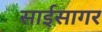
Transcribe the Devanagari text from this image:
साईसागर